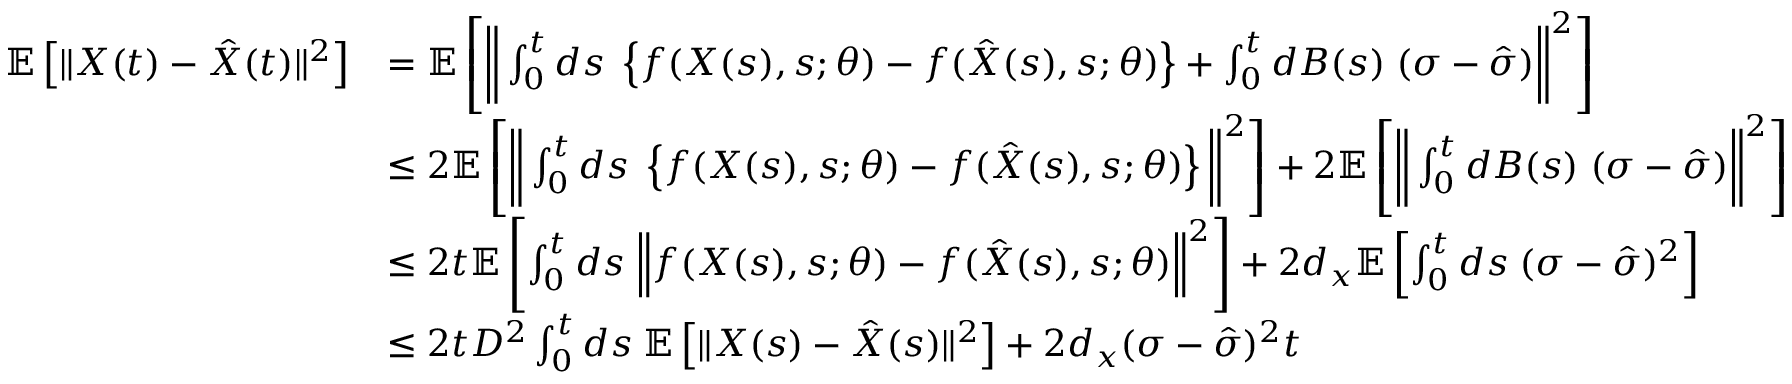
\begin{array} { r l } { \mathbb { E } \left[ \Vert X ( t ) - \hat { X } ( t ) \Vert ^ { 2 } \right] } & { = \mathbb { E } \left[ \bigg \Vert \int _ { 0 } ^ { t } d s \; \left\{ f ( X ( s ) , s ; \theta ) - f ( \hat { X } ( s ) , s ; \theta ) \right\} + \int _ { 0 } ^ { t } d B ( s ) \; ( \sigma - \hat { \sigma } ) \bigg \Vert ^ { 2 } \right] } \\ & { \leq 2 \mathbb { E } \left[ \bigg \Vert \int _ { 0 } ^ { t } d s \; \left\{ f ( X ( s ) , s ; \theta ) - f ( \hat { X } ( s ) , s ; \theta ) \right\} \bigg \Vert ^ { 2 } \right] + 2 \mathbb { E } \left[ \bigg \Vert \int _ { 0 } ^ { t } d B ( s ) \; ( \sigma - \hat { \sigma } ) \bigg \Vert ^ { 2 } \right] } \\ & { \leq 2 t \mathbb { E } \left[ \int _ { 0 } ^ { t } d s \; \Big \Vert f ( X ( s ) , s ; \theta ) - f ( \hat { X } ( s ) , s ; \theta ) \Big \Vert ^ { 2 } \right] + 2 d _ { x } \mathbb { E } \left[ \int _ { 0 } ^ { t } d s \; ( \sigma - \hat { \sigma } ) ^ { 2 } \right] } \\ & { \leq 2 t D ^ { 2 } \int _ { 0 } ^ { t } d s \; \mathbb { E } \left[ \Vert X ( s ) - \hat { X } ( s ) \Vert ^ { 2 } \right] + 2 d _ { x } ( \sigma - \hat { \sigma } ) ^ { 2 } t } \end{array}